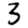
Digit: 3